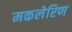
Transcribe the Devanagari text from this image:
मकलेरिण